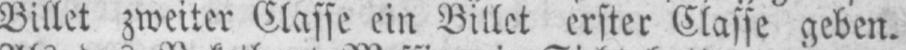
Billet zweiter Classe ein Billet erster Classe geben.